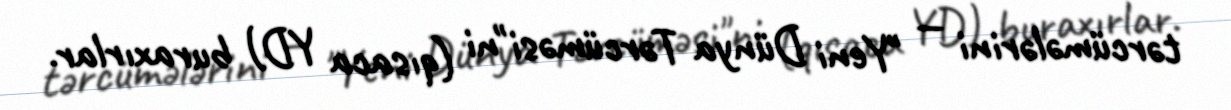
tərcümələrini — "Yeni Dünya Tərcüməsi"ni (qısaca YD) buraxırlar.